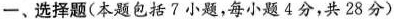
一、选择题(本题包括了小题，每小题4分，共28分)